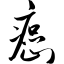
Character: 癌